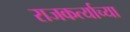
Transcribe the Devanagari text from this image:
राजकर्त्याच्या